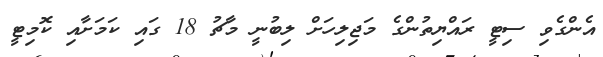
އެންގެވި ސިޓީ ރައްޔިތުންގެ މަޖިލިހަށް ލިބުނީ މާޗު 18 ގައި ކަމަށާއި ކޮމިޓީ